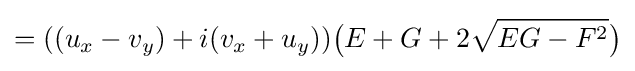
=((u_{x}-v_{y})+i(v_{x}+u_{y})){\bigl (}E+G+2{\sqrt {EG-F^{2}}}{\bigr )}